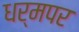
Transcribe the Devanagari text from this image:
धर्मपर